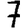
Digit: 7